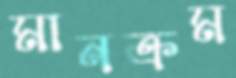
মানক্রম